Civil Veterinary Department. United Provinces 1912-22 - 1912-1922
Year: 1912
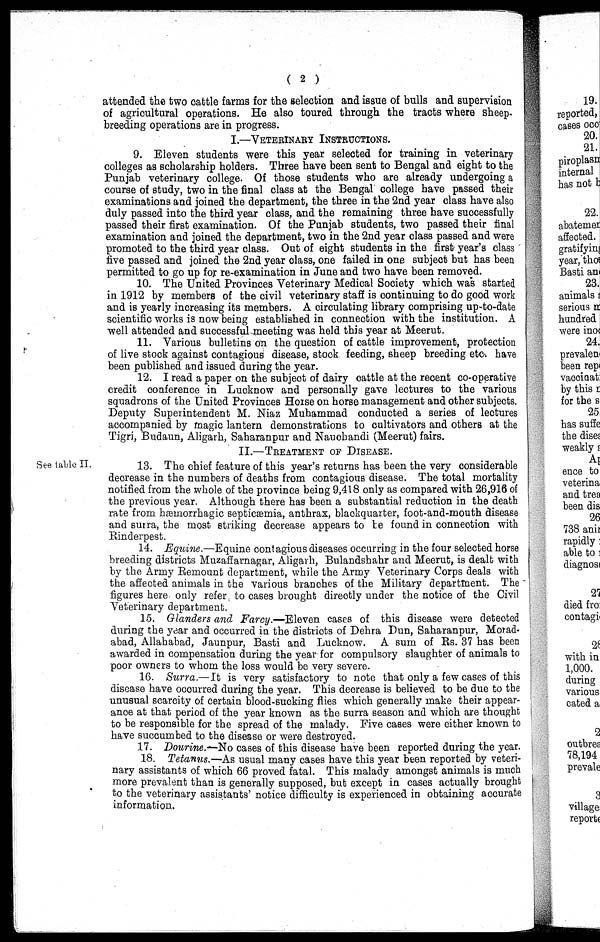
( 2 )
attended the two cattle farms for the selection and issue of bulls and supervision
of agricultural operations. He also toured through the tracts where sheep-
breeding operations are in progress.
I.—VETERINARY INSTRUCTIONS.
9. Eleven students were this year selected for training in veterinary
colleges as scholarship holders. Three have been sent to Bengal and eight to the
Punjab veterinary college. Of those students who are already undergoing a
course of study, two in the final class at the Bengal college have passed their
examinations and joined the department, the three in the 2nd year class have also
duly passed into the third year class, and the remaining three have successfully
passed their first examination. Of the Punjab students, two passed their final
examination and joined the department, two in the 2nd year class passed and were
promoted to the third year class. Out of eight students in the first year's class
five passed and joined the 2nd year class, one failed in one subject but has been
permitted to go up for re-examination in June and two have been removed.
10. The United Provinces Veterinary Medical Society which was started
in 1912 by members of the civil veterinary staff is continuing to do good work
and is yearly increasing its members. A circulating library comprising up-to-date
scientific works is now being established in connection with the institution. A
well attended and successful meeting was held this year at Meerut.
11. Various bulletins on the question of cattle improvement, protection
of live stock against contagious disease, stock feeding, sheep breeding etc. have
been published and issued during the year.
12. I read a paper on the subject of dairy cattle at the recent co-operative
credit conference in Lucknow and personally gave lectures to the various
squadrons of the United Provinces Horse on horse management and other subjects.
Deputy Superintendent M. Niaz Muhammad conducted a series of lectures
accompanied by magic lantern demonstrations to cultivators and others at the
Tigri, Budaun, Aligarh, Saharanpur and Nauchandi (Meerut) fairs.
See table II.
11.—TREATMENT OF DISEASE.
13. The chief feature of this year's returns has been the very considerable
decrease in the numbers of deaths from contagious disease. The total mortality
notified from the whole of the province being 9,418 only as compared with 26,916 of
the previous year. Although there has been a substantial reduction in the death
rate from hæmorrhagic septicæmia, anthrax, blackquarter, foot-and-mouth disease
and surra, the most striking decrease appears to be found in connection with
Rinderpest.
14. Equine.—Equine contagious diseases occurring in the four selected horse
breeding districts Muzaffarnagar, Aligarh, Bulandshahr and Meerut, is dealt with
by the Army Remount department, while the Army Veterinary Corps deals with
the affected animals in the various branches of the Military department. The
figures here only refer to cases brought directly under the notice of the Civil
Veterinary department.
15. Glanders and Farcy.—Eleven cases of this disease were detected
during the year and occurred in the districts of Dehra Dun, Saharanpur, Morad-
abad, Allahabad, Jaunpur, Basti and Lucknow. A sum of Rs. 37 has been
awarded in compensation during the year for compulsory slaughter of animals to
poor owners to whom the loss would be very severe.
16. Surra.— It is very satisfactory to note that only a few cases of this
disease have occurred during the year. This decrease is believed to be due to the
unusual scarcity of certain blood-sucking flies which generally make their appear-
ance at that period of the year known as the surra season and which are thought
to be responsible for the spread of the malady. Five cases were either known to
have succumbed to the disease or were destroyed.
17. Dourine.—No cases of this disease have been reported during the year.
18. Tetanus.—As usual many cases have this year been reported by veteri-
nary assistants of which 66 proved fatal. This malady amongst animals is much
more prevalent than is generally supposed, but except in cases actually brought
to the veterinary assistants' notice difficulty is experienced in obtaining accurate
information.